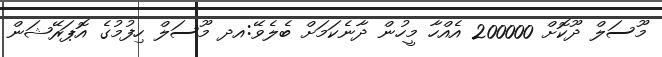
މޫސަލް ދޫކޮށް 200000 އެއްހާ މީހުން ދާނެކަމަށް ބެލެވޭ:އދ މޫސަލް ހިފުމުގެ އޮޕަރޭޝަން